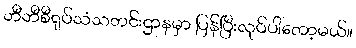
ဘီဘီစီရုပ်သံသတင်းဌာနမှာ ပြန်ပြီးလုပ်ပါတော့မယ်။